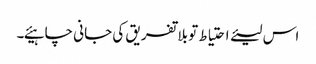
اس لیئے احتیاط تو بلا تفریق کی جانی چاہیئے۔